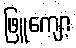
ဖြူကျော့